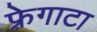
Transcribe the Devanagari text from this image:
फ़्रेगाटा